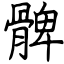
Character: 髀